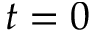
t = 0